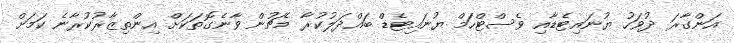
އަންގާރަ ދުވަހު ޔުނައިޓެޑާއި ވެސްޓްހަމް ޔުނައިޓެޑް ބައްދަލުކުރާ މެޗުން ވާނެގޮތަކަށް އިންތިޒާރުކުރާނެ ކަމަށް